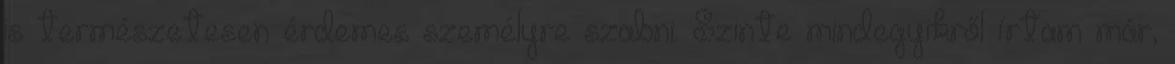
is természetesen érdemes személyre szabni. Szinte mindegyikről írtam már,